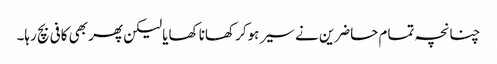
چنانچہ تمام حاضرین نے سیر ہوکر کھانا کھایا لیکن پھر بھی کافی بچ رہا۔